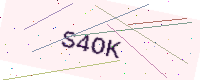
Text: S4OK